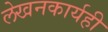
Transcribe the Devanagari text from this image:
लेखनकार्यही